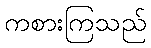
ကစားကြသည်